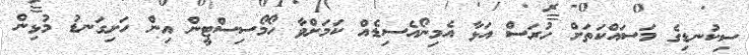
ސިކުނޑިގެ މަސައްކަތަށް ހުރަސް އަޅާ އެމިނޯއެސިޑެއް ކަމަށްވާ ހޯމޯސިސްޓީން އިން ހަށިގަނޑު މުޅިން